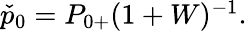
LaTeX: \begin{array}{r}{\check{p}_{0}={P}_{0+}(1+W)^{-1}.}\end{array}